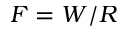
F = W / R